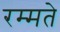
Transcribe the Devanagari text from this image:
रम्मते